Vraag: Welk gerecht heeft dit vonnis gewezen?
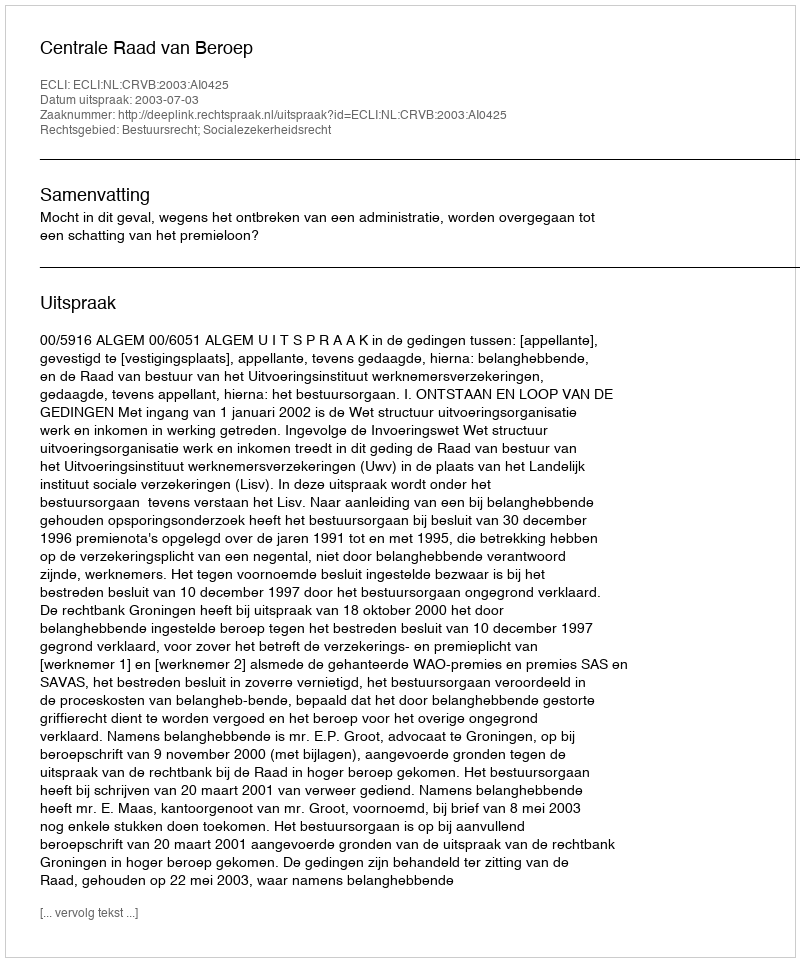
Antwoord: Centrale Raad van Beroep